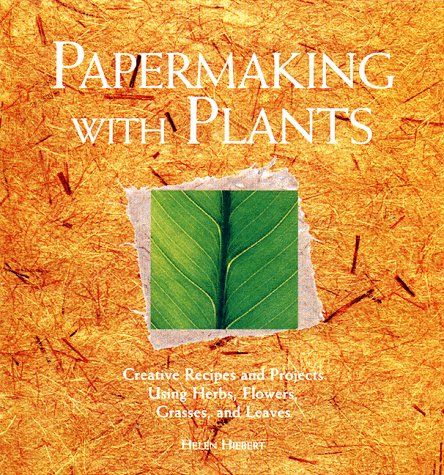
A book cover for Papermaking with Plants: Creative Recipes and Projects Using Herbs, Flowers, Grasses, and Leaves; Helen Hiebert; Crafts, Hobbies & Home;